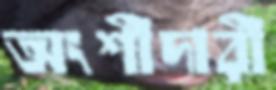
অংশীদারী